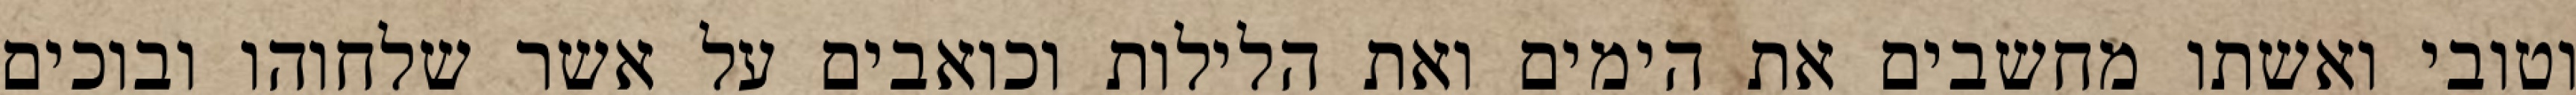
וטובי ואשתו מחשבים את הימים ואת הלילות וכואבים על אשר שלחוהו ובוכים